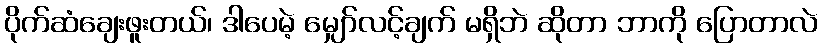
ပိုက်ဆံချေးဖူးတယ်၊ ဒါပေမဲ့ မျှော်လင့်ချက် မရှိဘဲ ဆိုတာ ဘာကို ပြောတာလဲ